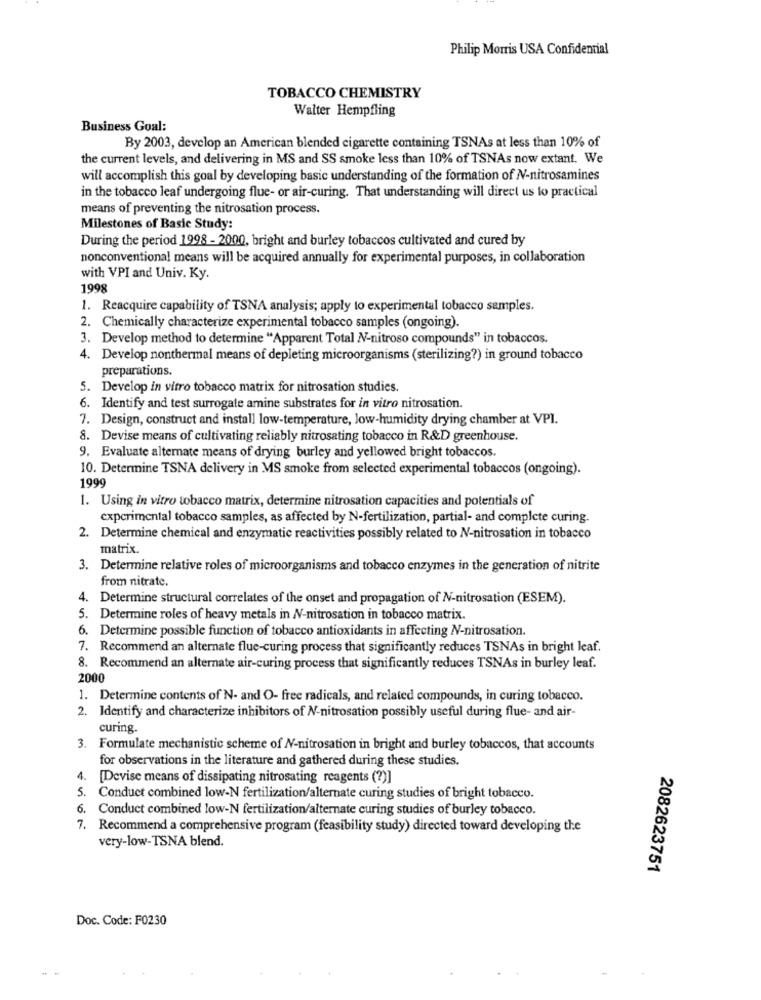
Philip Morris USA Confidential
TOBACCO CHEMISTRY
Walter Hempfling
Business Goal:
By 2003, develop an American blended cigarette containing TSNAs at less than 10% of
the current levels, and delivering in MS and SS smoke less than 10% of TSNAs now extant. We
will accomplish this goal by developing basic understanding of the formation of N-nitrosamines
in the tobacco leaf undergoing flue- or air-curing. That understanding will direct us to practical
means of preventing the nitrosation process.
Milestones of Basic Study:
During the period 1998 - 2000, bright and burley tobaccos cultivated and cured by
nonconventional means will be acquired annually for experimental purposes, in collaboration
with VPI and Univ. Ky.
1998
1. Reacquire capability of TSNA analysis; apply to experimental tobacco samples.
2. Chemically characterize experimental tobacco samples (ongoing).
3. Develop method to determine "Apparent Total N-nitroso compounds" in tobaccos.
4. Develop nonthermal means of depleting microorganisms (sterilizing?) in ground tobacco
preparations.
5. Develop in vitro tobacco matrix for nitrosation studies.
6. Identify and test surrogate amine substrates for in vitro nitrosation.
7. Design, construct and install low-temperature, low-humidity drying chamber at VPI.
8. Devise means of cultivating reliably nitrosating tobacco in R&D greenhouse.
9. Evaluate alternate means of drying burley and yellowed bright tobaccos.
10. Determine TSNA delivery in MS smoke from selected experimental tobaccos (ongoing).
1999
1. Using in vitro tobacco matrix, determine nitrosation capacities and potentials of
experimental tobacco samples, as affected by N-fertilization, partial- and complete curing.
2. Determine chemical and enzymatic reactivities possibly related to N-nitrosation in tobacco
matrix.
3. Determine relative roles of microorganisms and tobacco enzymes in the generation of nitrite
from nitrate.
4. Determine structural correlates of the onset and propagation of N-nitrosation (ESEM).
5. Determine roles of heavy metals in N-nitrosation in tobacco matrix.
6. Determine possible function of tobacco antioxidants in affecting N-nitrosation.
7. Recommend an alternate flue-curing process that significantly reduces TSNAs in bright leaf.
8. Recommend an alternate air-curing process that significantly reduces TSNAs in burley leaf.
2000
1. Determine contents of N- and O- free radicals, and related compounds, in curing tobacco.
2. Identify and characterize inhibitors of N-nitrosation possibly useful during flue- and air-
curing.
3. Formulate mechanistic scheme of N-nitrosation in bright and burley tobaccos, that accounts
for observations in the literature and gathered during these studies.
4. [Devise means of dissipating nitrosating reagents (?)]
5. Conduct combined low-N fertilization/alternate curing studies of bright tobacco.
. Conduct combined low-N fertilization/alternate curing studies of burley tobacco.
7. Recommend a comprehensive program (feasibility study) directed toward developing the
very-low-TSNA blend.
2082623751
Doc. Code: F0230